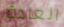
العادة